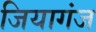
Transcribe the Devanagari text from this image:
जियागंज